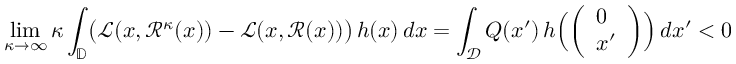
\operatorname* { l i m } _ { \kappa \to \infty } \kappa \int _ { \mathbb D } \bigl ( \mathcal L ( x , \mathcal R ^ { \kappa } ( x ) ) - \mathcal L ( x , \mathcal R ( x ) ) \bigr ) \, h ( x ) \, d x = \int _ { \mathcal D } Q ( x ^ { \prime } ) \, h \Bigl ( \left( \begin{array} { l } { 0 } \\ { x ^ { \prime } } \end{array} \right) \Bigr ) \, d x ^ { \prime } < 0